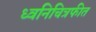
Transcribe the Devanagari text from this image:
ध्वनिचित्रफीत